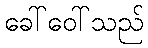
ခေါ်ဝေါ်သည်